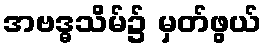
အဗဒ္ဓသိမ်၌ မှတ်ဖွယ်